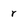
Character: r